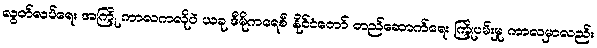
လွတ်လပ်ရေး အကြို ကာလကလိုပဲ ယခု ဒီမိုကရေစီ နိုင်ငံတော် တည်ဆောက်ရေး ကြိုပမ်းမှု ကာလမှာလည်း